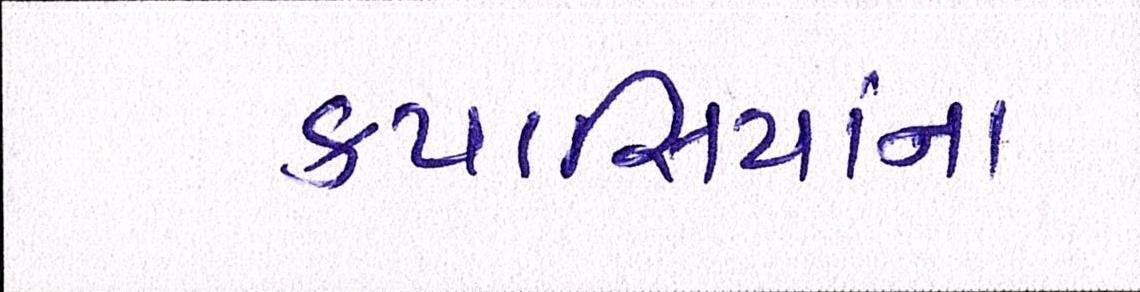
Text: કપાસિયાંના